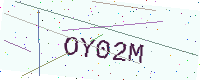
Text: OY02M